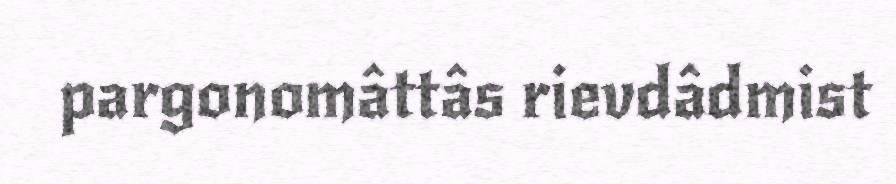
pargonomâttâs rievdâdmist